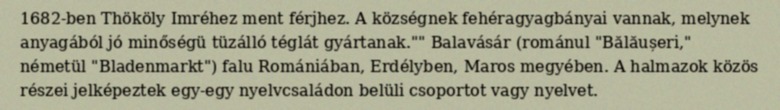
1682-ben Thököly Imréhez ment férjhez. A községnek fehéragyagbányai vannak, melynek anyagából jó minőségü tüzálló téglát gyártanak."" Balavásár (románul "Bălăușeri," németül "Bladenmarkt") falu Romániában, Erdélyben, Maros megyében. A halmazok közös részei jelképeztek egy-egy nyelvcsaládon belüli csoportot vagy nyelvet.